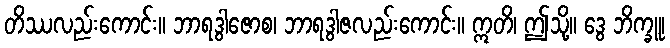
တိဿလည်းကောင်း။ ဘာရဒွါဇောစ၊ ဘာရဒွါဇလည်းကောင်း။ ဣတိ၊ ဤသို့။ ဒွေ ဘိက္ခူ၊